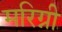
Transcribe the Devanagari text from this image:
मरिग्नी